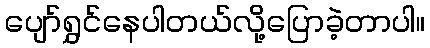
ပျော်ရွှင်နေပါတယ်လို့ပြောခဲ့တာပါ။